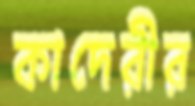
কাদেরীর